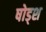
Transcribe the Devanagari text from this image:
षोड्श